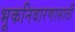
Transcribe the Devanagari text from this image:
भूकनिवारणासाठी